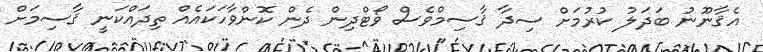
އެޤާނޫނު ބަދަލު ކުރުމަށް ސިދާ ޤާސިމްވެސް ވޯޓްދިން ދެން ކޮންވާހަކައެއް ތިދައްކަނީ ޤާސިމަށް